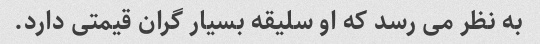
به نظر می رسد که او سلیقه بسیار گران قیمتی دارد.